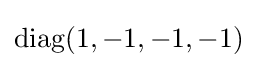
\mathrm {diag} (1,-1,-1,-1)